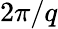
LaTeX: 2\pi/q